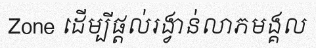
Zone ដើម្បីផ្តល់រង្វាន់លាភមង្គល